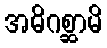
အဓိဂစ္ဆာမိ